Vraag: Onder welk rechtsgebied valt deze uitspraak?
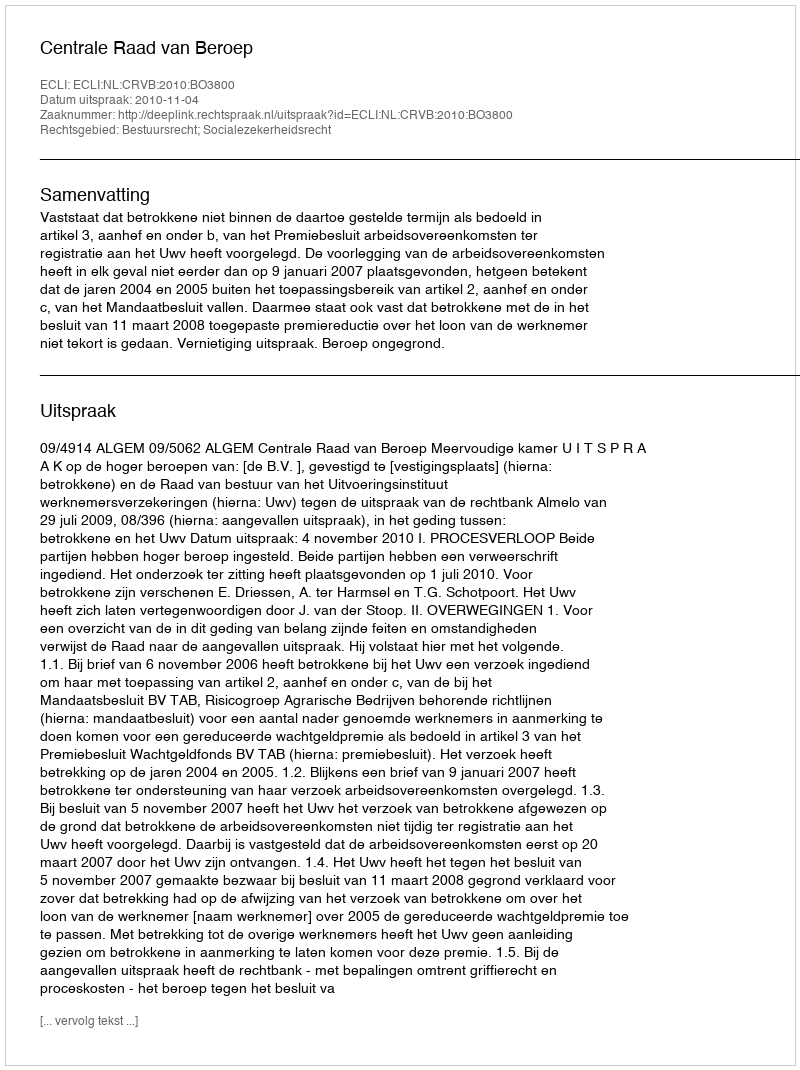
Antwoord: Bestuursrecht; Socialezekerheidsrecht